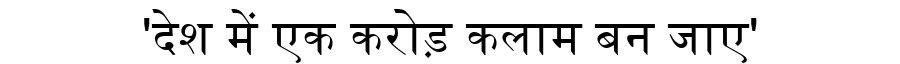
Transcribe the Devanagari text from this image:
'देश में एक करोड़ कलाम बन जाए'